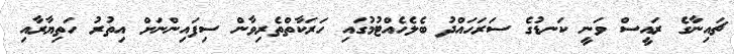
ޗައިނާގެ ރައީސް ވަނީ ކަނޑުގެ ސަރަހައްދު ބެލެހެެއްޓުމުގައި ހަރަކާތްތެރިވާން ސިފައިންނަށް އިތުރު ހަތިޔާރާއި